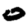
Digit: 0